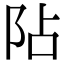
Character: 阽